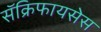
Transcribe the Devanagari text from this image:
सॅक्रिफायसेस